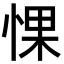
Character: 惈